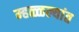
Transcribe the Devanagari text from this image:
म्हळ्ळल्यांत